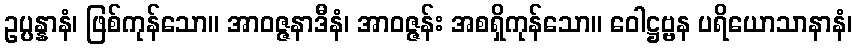
ဥပ္ပန္နာနံ၊ ဖြစ်ကုန်သော။ အာဝဇ္ဇနာဒီနံ၊ အာဝဇ္ဇန်း အစရှိကုန်သော။ ဝေါဋ္ဌဗ္ဗန ပရိယောသာနာနံ၊